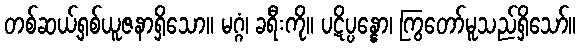
တစ်ဆယ့်ရှစ်ယူဇနာရှိသော။ မဂ္ဂံ၊ ခရီးကို။ ပဋိပ္ပန္နော၊ ကြွတော်မူသည်ရှိသော်။